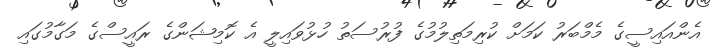
އެންއައިސީގެ މެމްބަރު ކަމަށް ކުރިމަތިލުމުގެ ފުރުސަތު ހުޅުވައިލީ އެ ކޮމިޝަންގެ ރައީސްގެ މަގާމުގައި